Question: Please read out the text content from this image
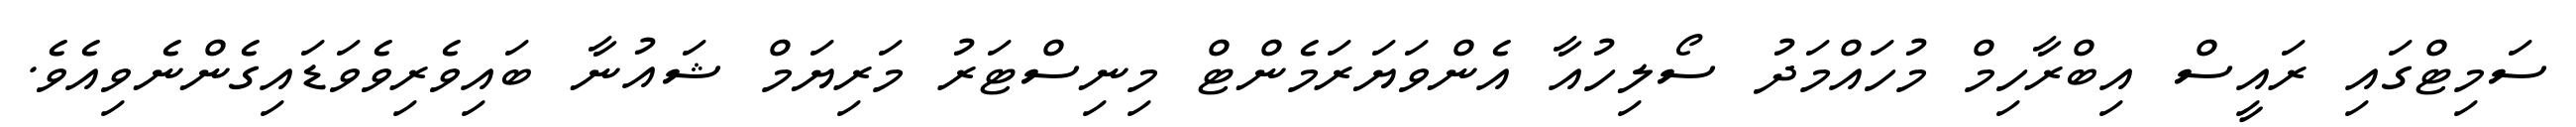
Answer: ސަމިޓްގައި ރައީސް އިބްރާހިމް މުހައްމަދު ސޯލިހުއާ އެންވަޔަރަމެންޓް މިނިސްޓަރު މަރިޔަމް ޝައުނާ ބައިވެރިވެވަޑައިގެންނެވިއެވެ.